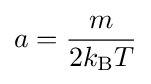
a={\frac {m}{2k_{\text{B}}T}}